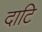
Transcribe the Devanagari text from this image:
दाटि